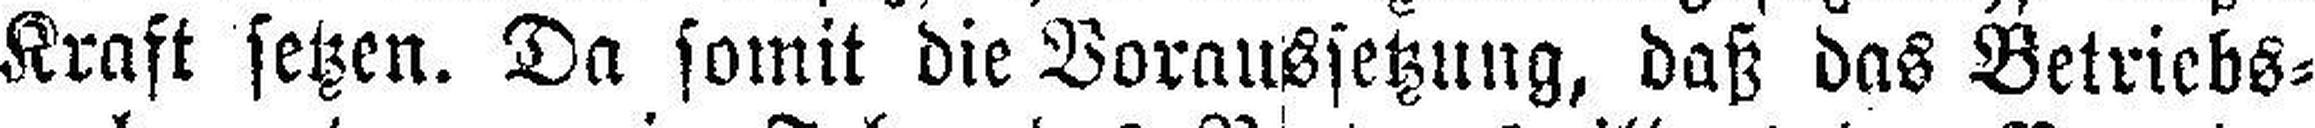
Kraft setzen. Da somit die Voraussetzung, daß das Betriebs¬